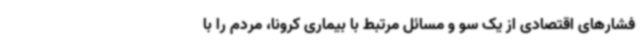
فشارهای اقتصادی از یک سو و مسائل مرتبط با بیماری کرونا، مردم را با